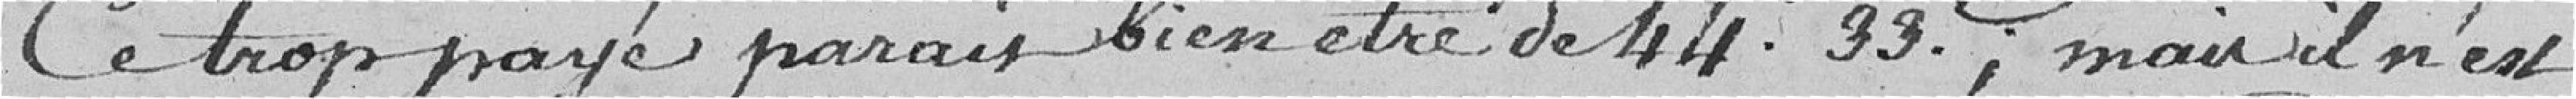
Ce trop payé parait bien être de 44,33 francs, mais il n'est